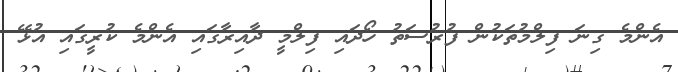
އެންމެ ގިނަ ފިލްމުތަކުން ފުރުސަތު ހޯދައި ފިލްމީ ދާއިރާގައި އެންމެ ކުރީގައި އުޅޭ